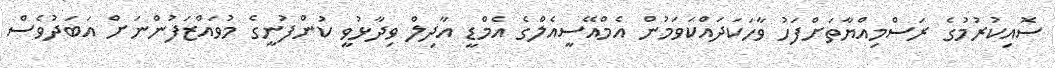
ސޮއިކުރުމުގެ ރަސްމިއްޔާތަށްފަހު ވާހަކަދައްކަވަމުން އެމްއޭސީއެލްގެ އެމްޑީ އާދިލް ވިދާޅުވީ ކުންފުނީގެ މުވައްޒަފުންނަށް އަބަދުވެސް